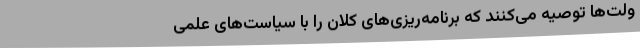
ولت‌ها توصیه می‌کنند که برنامه‌ریزی‌های کلان را با سیاست‌های علمی